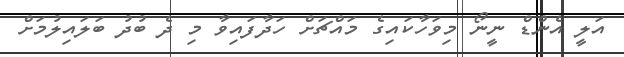
އަލީ އެންޑް ނީނޯ މިވަހާކައިގެ މައްޗަށް ހަދާފައިވާ މި ދެ ބުދު ބަލައިލުމަށް